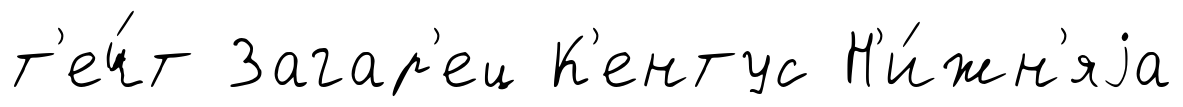
т'еч́т Загар'ец К'ентус Н'и́жн'яjа